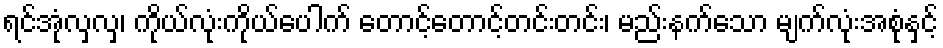
ရင်အုံလှလှ၊ ကိုယ်လုံးကိုယ်ပေါက် တောင့်တောင့်တင်းတင်း၊ မည်းနက်သော မျက်လုံးအစုံနှင့်